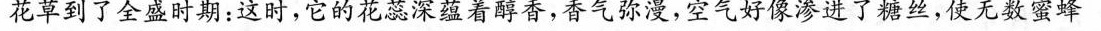
花草到了全盛时期：这时，它的花蕊深蕴着醇香，香气弥漫，空气好像渗进了糖丝，使无数蜜蜂